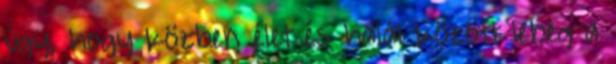
úgy, hogy közben élet és halál között lebeg a